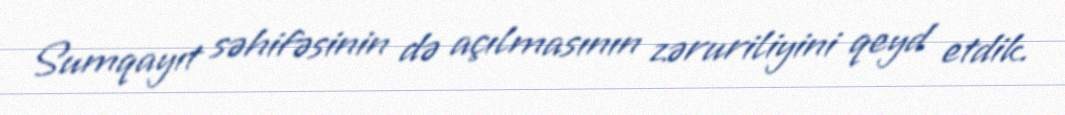
Sumqayıt səhifəsinin də açılmasının zəruriliyini qeyd etdik.